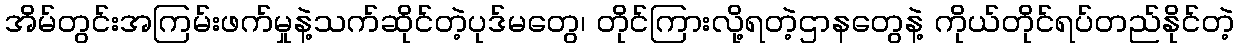
အိမ်တွင်းအကြမ်းဖက်မှုနဲ့သက်ဆိုင်တဲ့ပုဒ်မတွေ၊ တိုင်ကြားလို့ရတဲ့ဌာနတွေနဲ့ ကိုယ်တိုင်ရပ်တည်နိုင်တဲ့